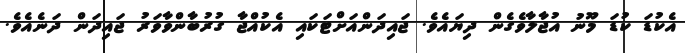
އެކުޑަ ކުޑަ މޫނު އުޖާލާވެގެން ދިޔައެވެ. ޖައިދަންއަށްޓަކައި އެކުއްޖާ ގުރުބާންވާވަރު ޖައިދަން ދަނެއެވެ.